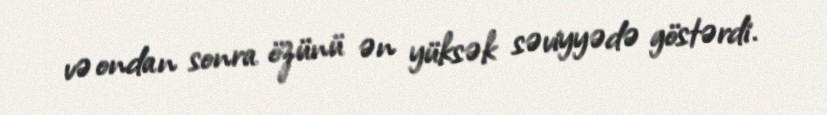
və ondan sonra özünü ən yüksək səviyyədə göstərdi.